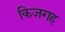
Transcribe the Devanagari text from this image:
किजगह